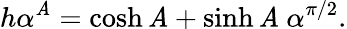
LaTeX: h\alpha^{\mathit{A}}=\cosh\mathit{A}+\sinh\mathit{A}\ \alpha^{\pi/2}.